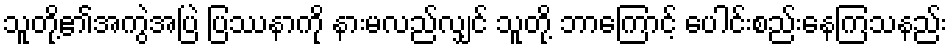
သူတို့၏အကွဲအပြဲ ပြဿနာကို နားမလည်လျှင် သူတို့ ဘာကြောင့် ပေါင်းစည်းနေကြသနည်း